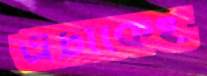
এটাকেই